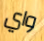
واي